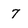
Character: 7